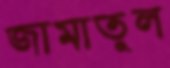
জামাতুল